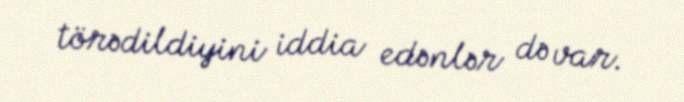
törədildiyini iddia edənlər də var.